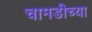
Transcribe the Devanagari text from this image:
चामडीच्या